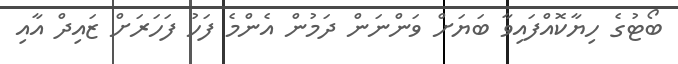
ބޯޓުގެ ހިޔާކޮއްފައިވާ ބަޔަށް ވަންނަން ދަމުން އެންމެ ފަހު ފަހަރަށް ޒައިދް އާއި